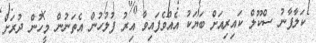
ކަލާފާނު ސްކޫލް ކައިރިއަށް ބަޔަކު އެއްވެފައިވާ އިރު ފުލުހުން އެތަނުން މީހުން ދުރަށް